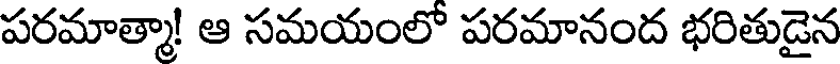
పరమాత్మా! ఆ సమయంలో పరమానంద భరితుడైన